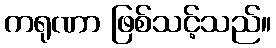
ကရုဏာ ဖြစ်သင့်သည်။